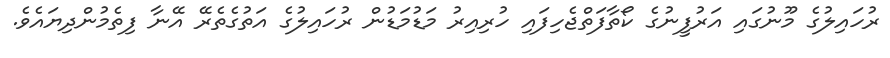
ރުހައިލުގެ މޫނުގައި އަރުފީނުގެ ކޯތާފަތްޖެހިފައި ހުރިއިރު މަޑުމަޑުން ރުހައިލުގެ އަތުގެތެރޭ އޭނާ ފިތެމުންދިޔައެވެ.